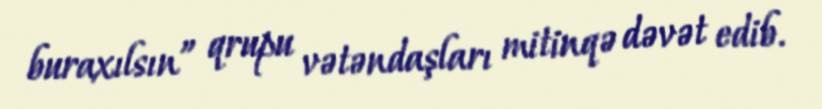
buraxılsın” qrupu vətəndaşları mitinqə dəvət edib.